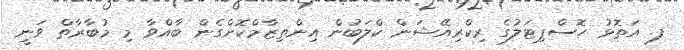
ފ. އަތޮޅު ހޮސްޕިޓަލުގެ ރިކްރިއޭޝަން ކްލަބުން އިންތިޒާމްކޮށްގެން ބާއްވާ މި މުބާރާތް ވަނީ